Pusta,_Kaarel_Robert, lk 6
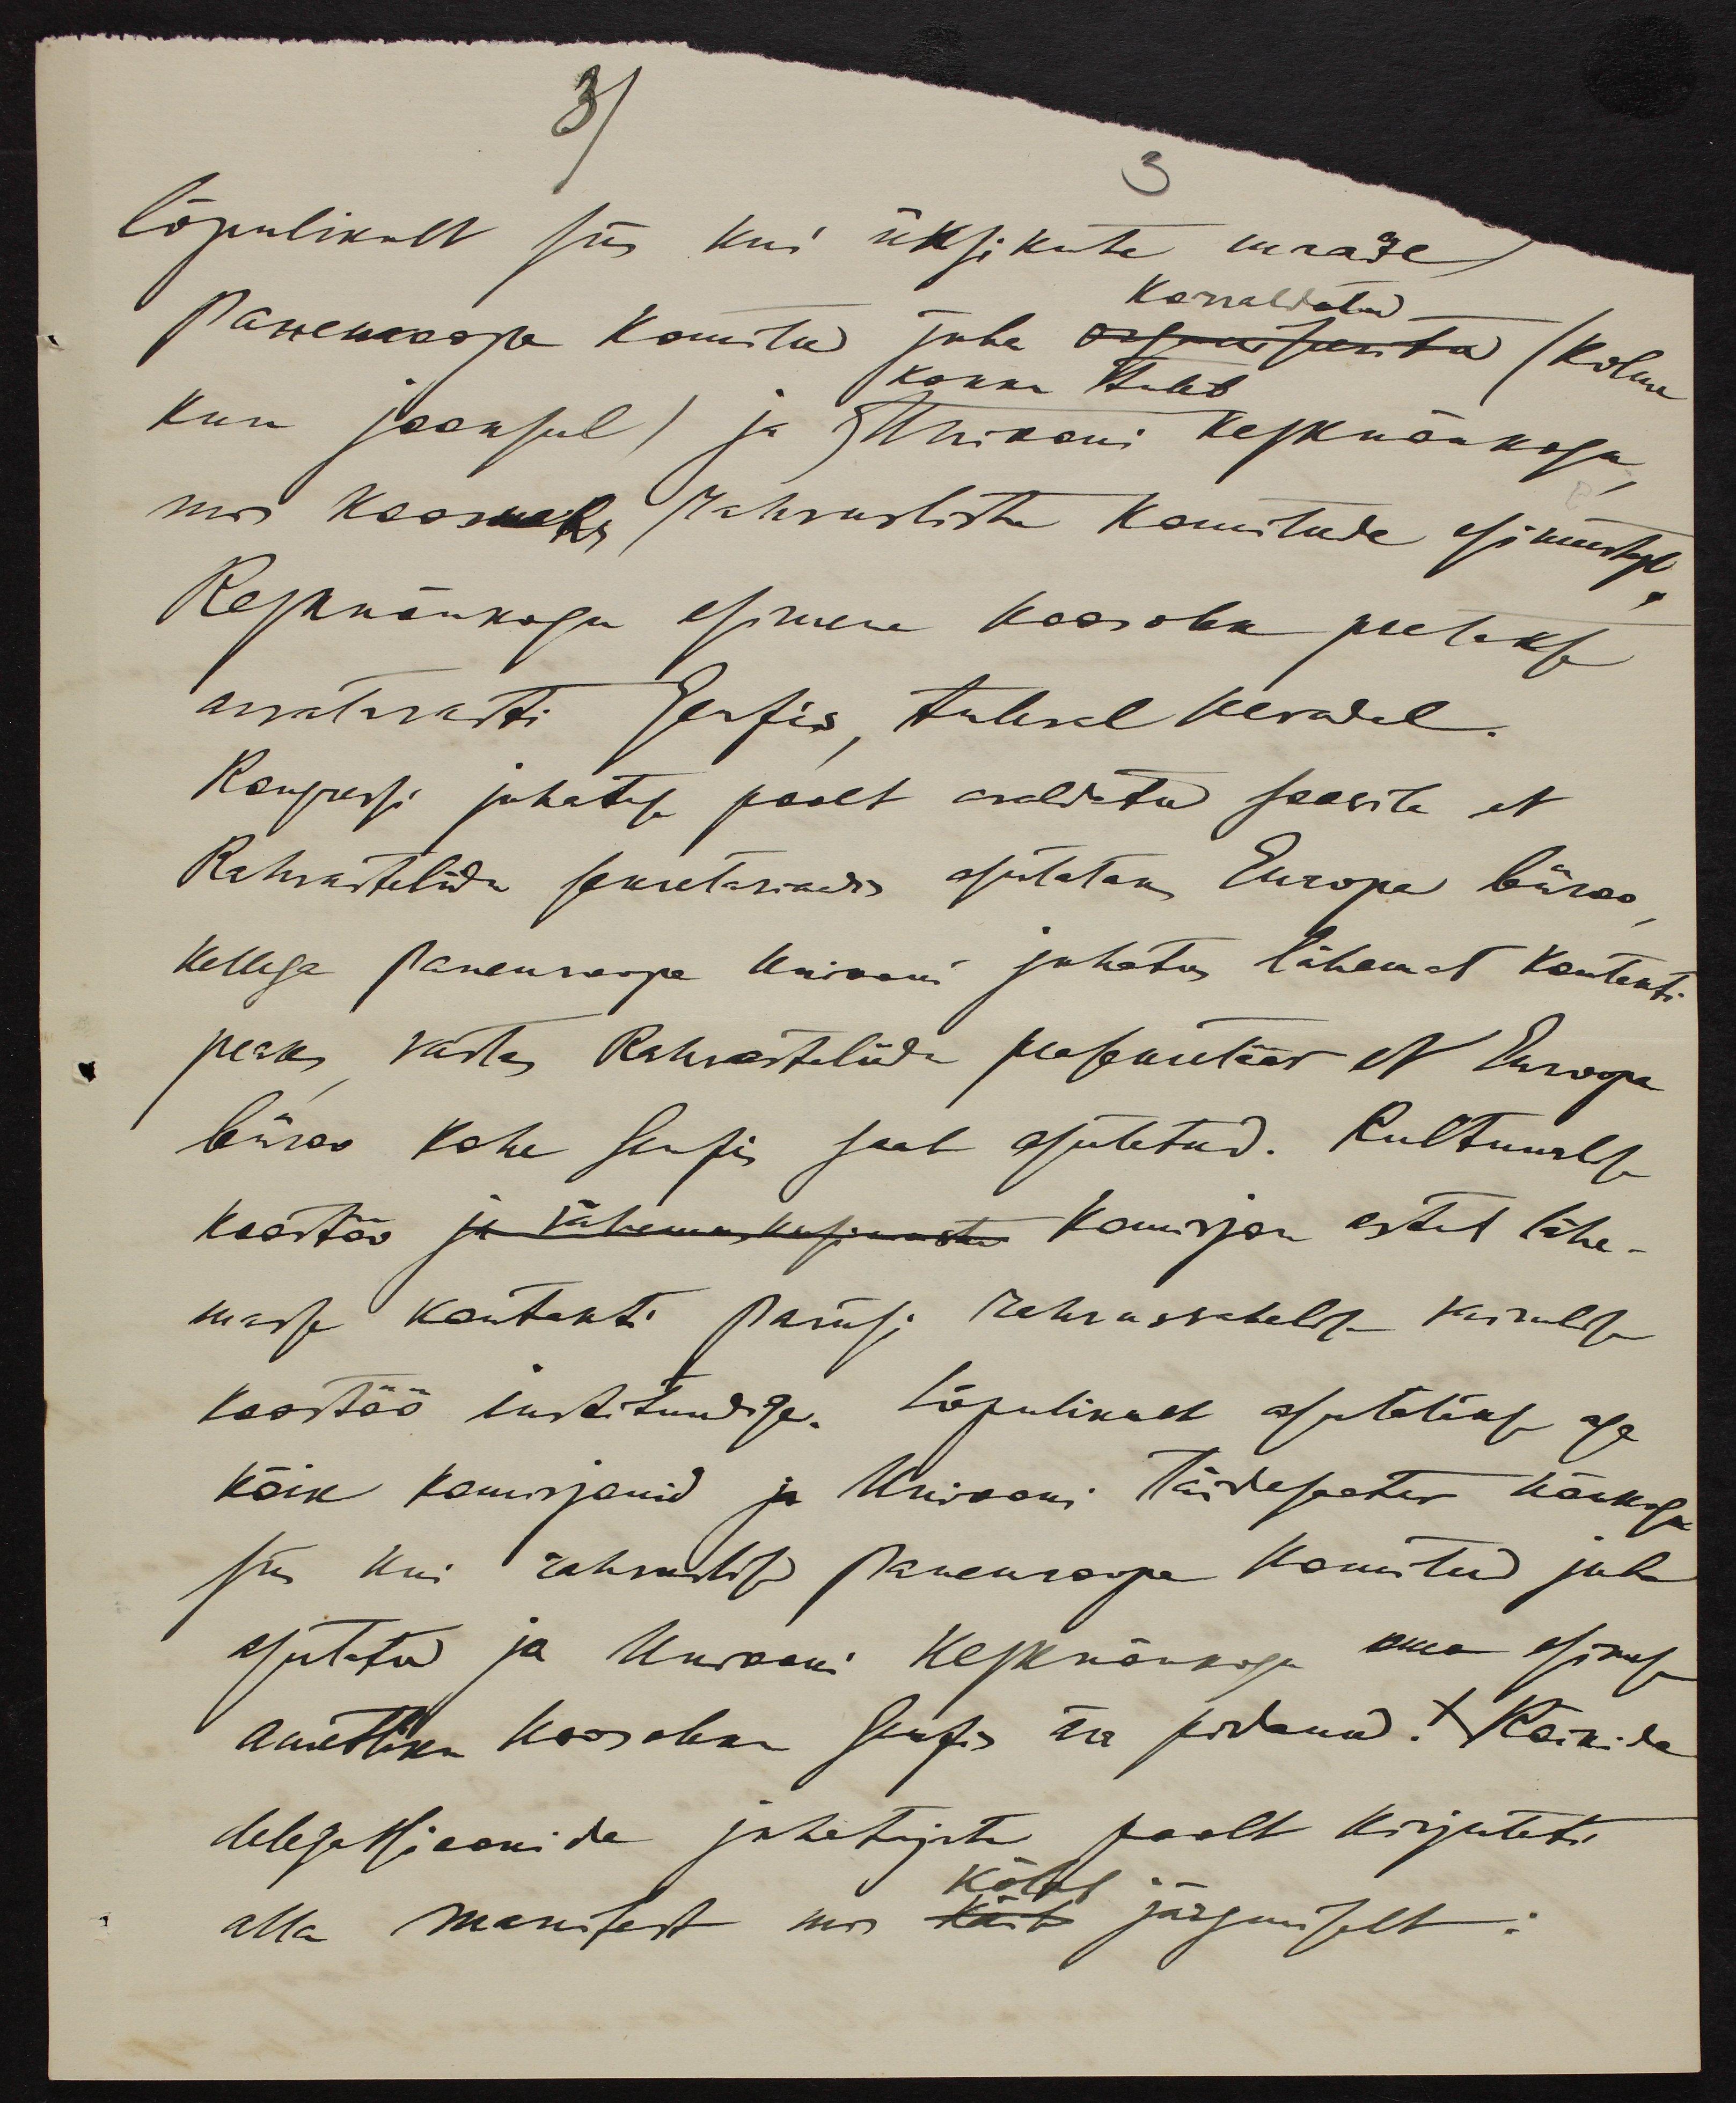
31
3
lõpulikult siis kui üksikute maade
Korraldatud
Paneuroopa Komitee Juba xxx (kolme
Kokku tuleb
kuu jooksul) ja Uniooni kesknõukogu
mis koosneks rahvusliste komiteede esimeestest.
Kesknõukogu esimene koosolek peetakse
arvatavasti Genfis tuleval kevadel.
Kongressi juhatuse poolt avaldatud soovile et
Rahvastelida sekretäridest asutataks Euroopa büroo
kellega Paneuroopa Uniooni juhatus lähemat kontakti
peaks vastas Rahvasteliidu peaekretäär et Euroopa
büroo kohe Genfis saab asutatud. Kultuurlise
koostöö komisjon astub lähe-
masse kontakti Pariisi rahvusvahelise kirults
koostöö instituudiga. Lõpulikult asutatakse aga
kõik komisjanid ja Uniooni täidesaatev nõukogu
siis kui rahvuslikud paneuroopa komitee juba
asutatud ja Uniooni Kesknõukogu oma esimese
ametlikukoos oleku Genfis ära pidanud. Kõikide
delegatsioonide juhatajate poolt kirutati
kõlab
alla manifest mis järgmiselt: